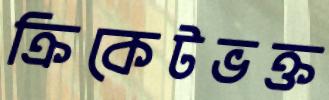
ক্রিকেটভক্ত